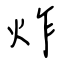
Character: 炸